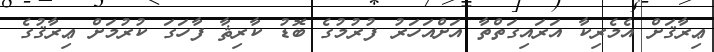
ޢިރާޤަށް އެމެރިކާ އަރައިގަތްތާ އަށްއަހަރު ފުރުމުގެ ބޮޑު ކާރިޘާ ފާހަގަ ކުރުމަށް ޢިރާޤުގެ